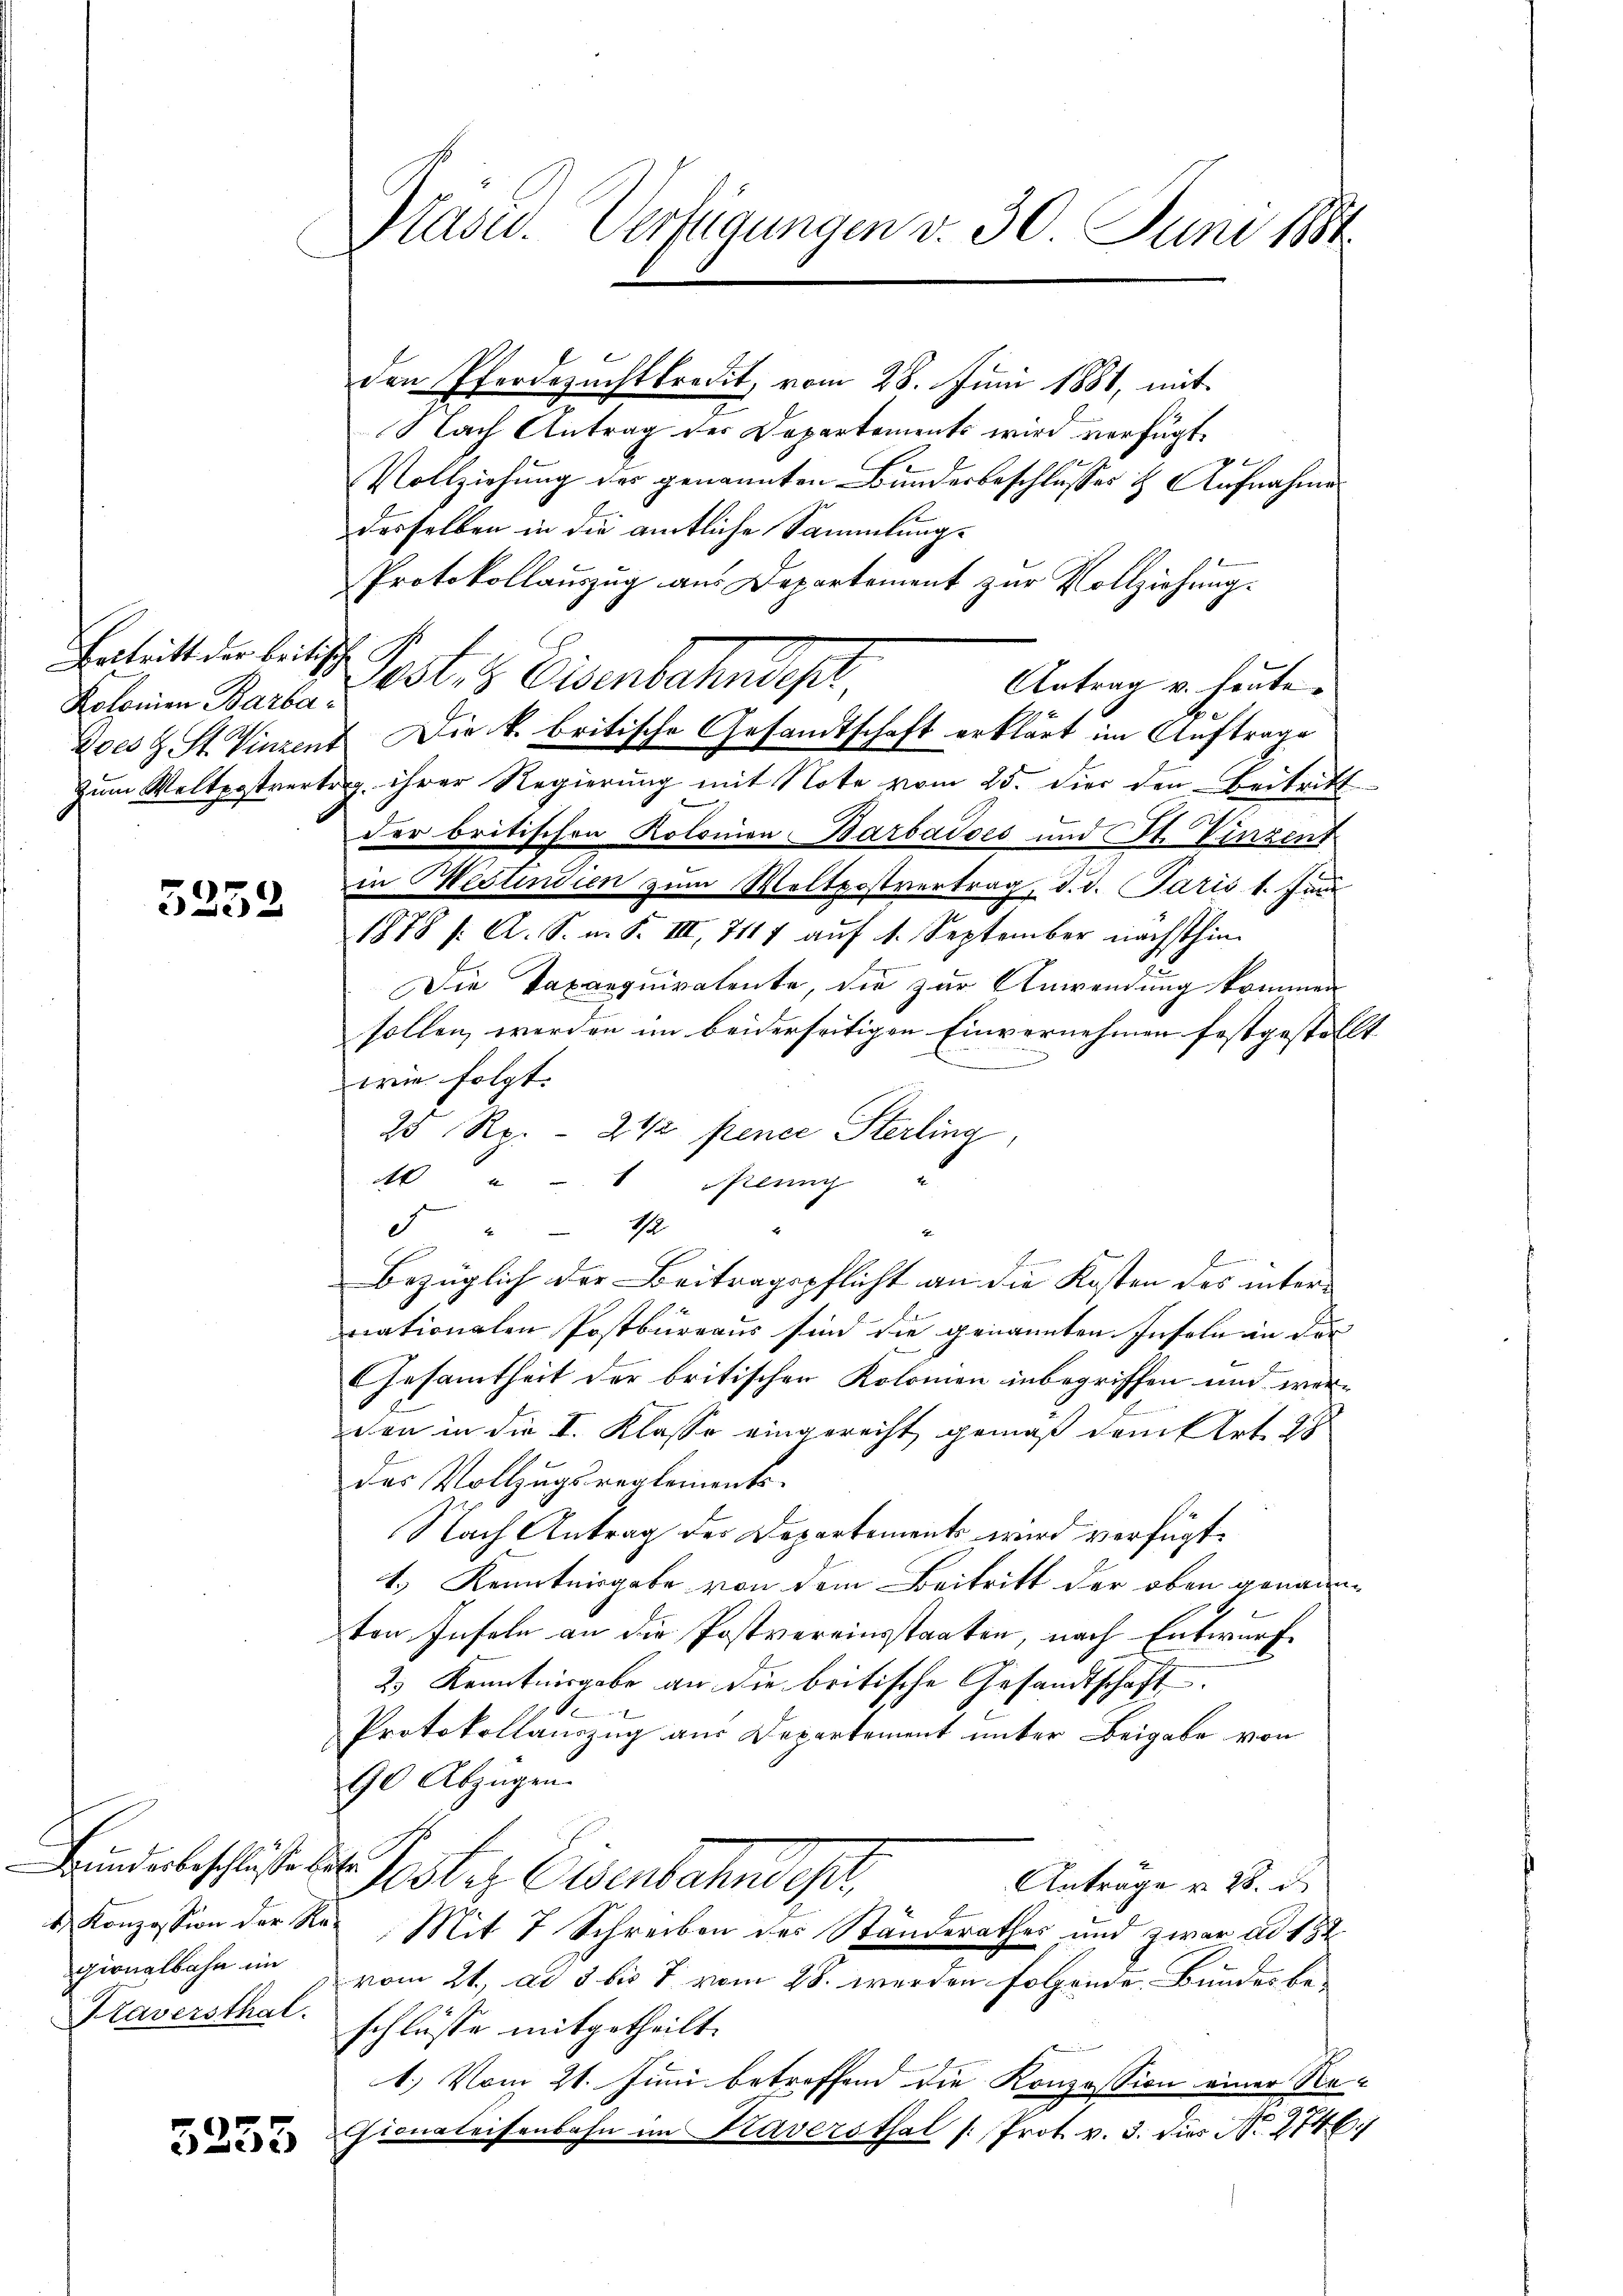
Ertritt der beitische
Kolonien Barba¬

5252

Bundesbeschlusse betr.
u Konzession der
pionalbahn im
Kraversthal.

5235

Präsid. Verfügungen v. 30. Juni 1884.

den Pferdezuchtkredit, vom 28. Juni 1881, mit
Nach Antrag des Departements wird verfügt,
Vollziehung des genannten Bunderbeschlusses & Aufnahme
desselben in die amtliche Sammlungs
Protokollauszug aus Departement zur Vollziehung.
Postes Eisenbautest.
Antrag v. heute.
zoes & St. Vinzent. Die k. britische Gesandtschaft erklärt im Auftrage
zum Weltpostvertig ihrer Regierung mit Note vom 25. die den Beitritt
der britischen Kolonien-Barbadoes und St. Vinzent
in Bestindien zum Weltpostvertrag, d. d. Paris 1. Janu
1878 /: A. S. m. S. III, 7117 auf 1. September nächsthin
Die Taxanquiratente, die zur Anwendung kommen
sollen werden im beiderseitigen Einvernehmen festgestellt
wie folgt. |
25 Rp. - 2 1/2 pence Sterling,
 u Nenny u
5 " 12
Bezüglich der Beitragspflicht an die Kosten des internationalen Postbüreaus sind die genannten Inseln in der
Gesamtheit der britischen Kolonien inbegriffen und wer-
den in die I. Klasse eingerecht gemäß damit Art. 28
das Vollzugsreglements
Nach Antrag des Departements wird verfügt:
t.) Kenntnisgabe von dem Beitritt der oben genannton Inseln an die Postvereinsstaaten, nach Entwurf
2.) Kenntnisgabe an die britische Gesandtschaft
Protokollauszug aus Departement unter Beigabe von
90 Abzügen.
Poster Eisenbahndet.
Anträge u. 28. d
ker Mit 7 Schreiben des Standerathes und zwar ad 132
vom 21. ad 3 bis 7 vom 28. werden folgende Bundes beschlüsse mitgetheilt.
1.) Vom 21. Juni betreffend die Konzession einer Re¬
Gionaleisenbahn im Kaversthal /: Prot. v. 3. dies No 2746.